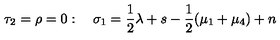
\tau _ { 2 } = \rho = 0 : \quad \sigma _ { 1 } = \frac { 1 } { 2 } \lambda + s - \frac { 1 } { 2 } ( \mu _ { 1 } + \mu _ { 4 } ) + n